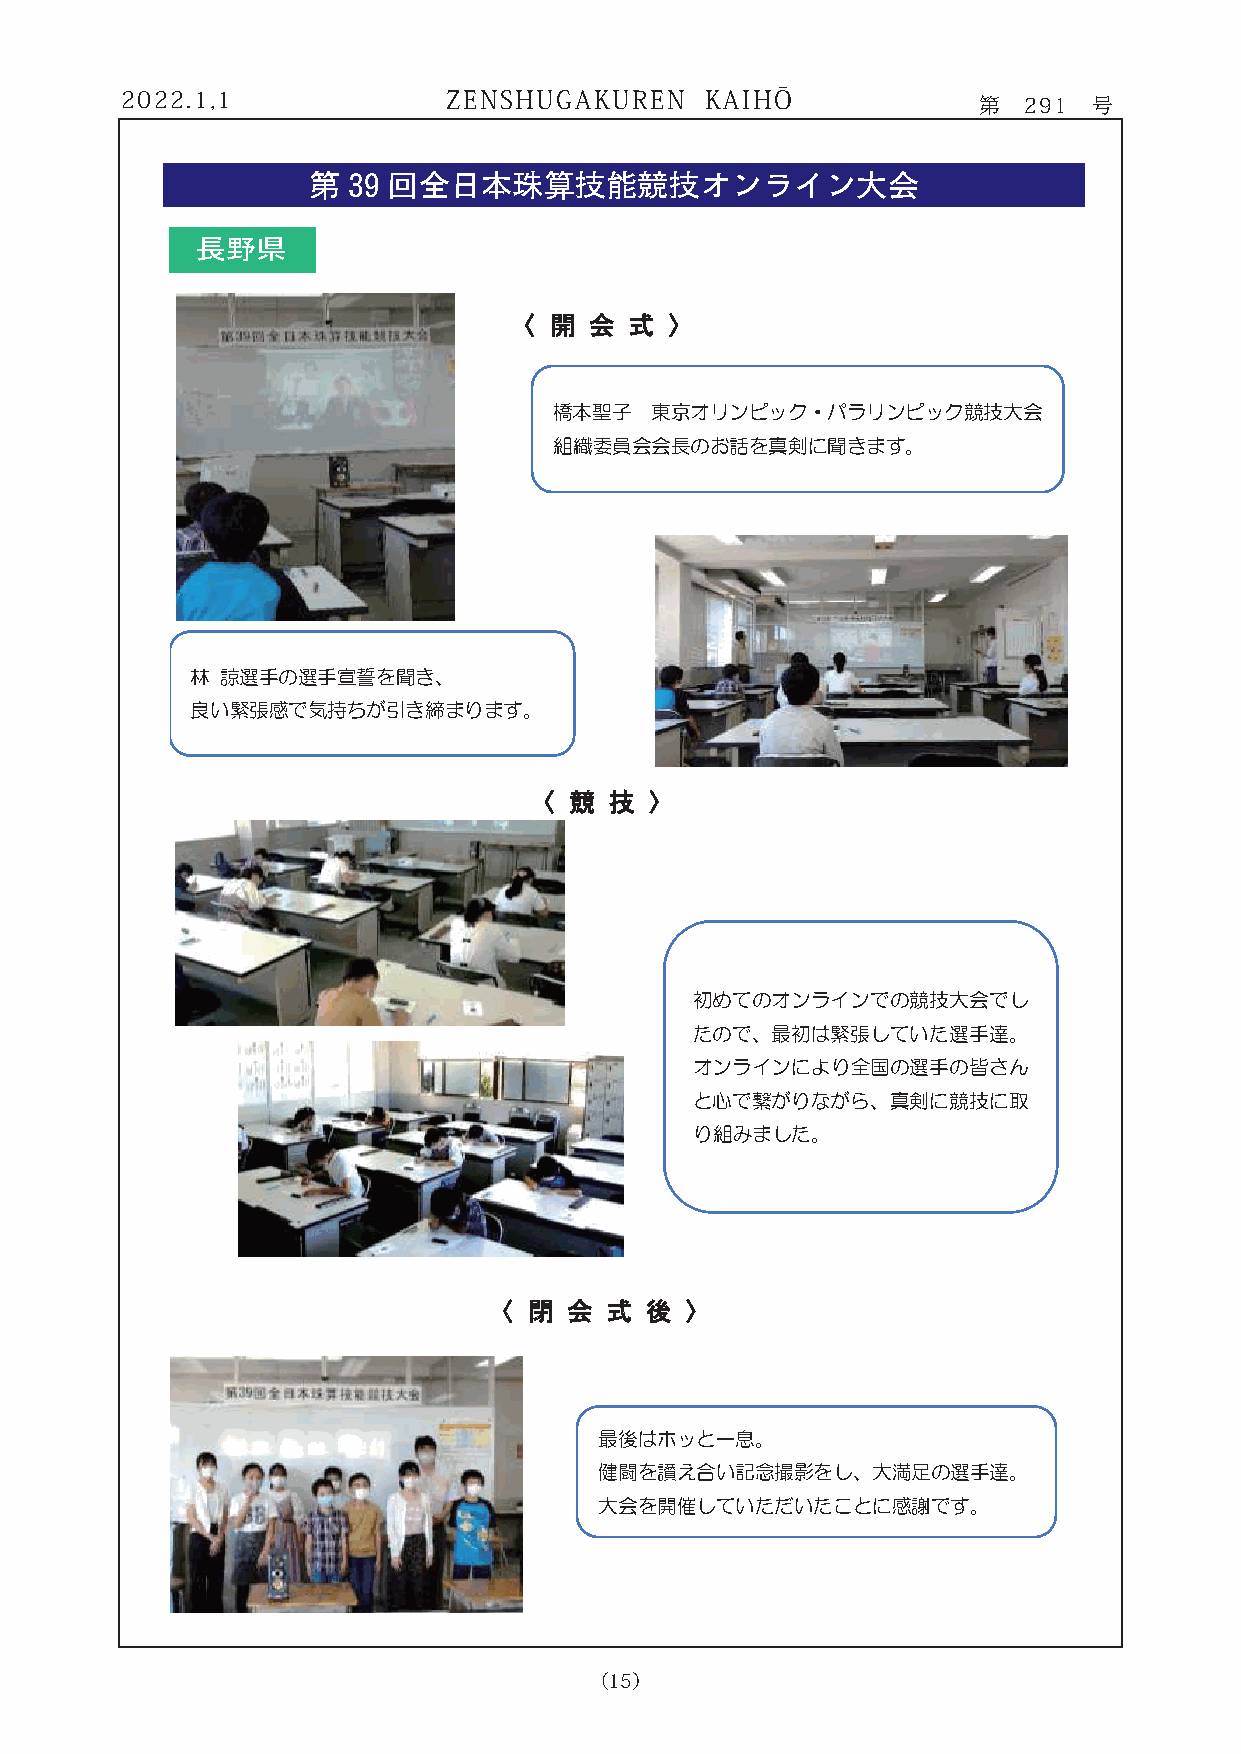
2022.1,1              ZENSHUGAKUREN    KAIHŌ             第  291 号
 第  39 回全日本珠算技能競技オンライン大会
 長長野野長野県
 〈〈 開開 会会 式式 〉〉
 橋本聖子  東京オリンピック・パラリンピック競技大会
 組織委員会会長のお話を真剣に聞きます。
 林 諒選手の選手宣誓を聞き、
 良い緊張感で気持ちが引き締まります。
 〈〈 競競 技技 〉〉
 初めてのオンラインでの競技大会でし
 たので、最初は緊張していた選手達。
 オンラインにより全国の選手の皆さん
 と心で繋がりながら、真剣に競技に取
 り組みました。
 〈〈 閉閉 会会 式式 後後 〉〉
 最後はホッと一息。
 健闘を讃え合い記念撮影をし、大満足の選手達。
 大会を開催していただいたことに感謝です。
 （15）